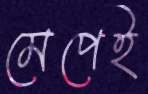
মেপেই